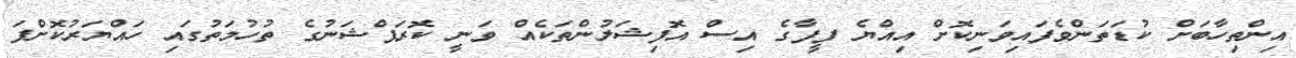
އިންތިހާބަށް ކުޑަތަންވެފައިވަނިކޮށް އިއްޔެ ފީފާގެ އިސް އޮފިޝަލުންތަކެއް ވަނީ ކޮރަޕްޝަނުގެ ތުހުމަތުގައި ހައްޔަރުކޮށްފަ